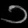
Digit: ၁